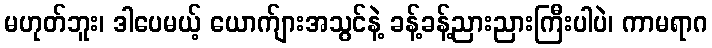
မဟုတ်ဘူး၊ ဒါပေမယ့် ယောက်ျားအသွင်နဲ့ ခန့်ခန့်ညားညားကြီးပါပဲ၊ ကာမရာဂ